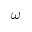
\omega